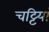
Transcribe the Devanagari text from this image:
चट्टियां